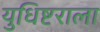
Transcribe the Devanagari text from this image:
युधिष्टराला